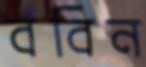
ববিন